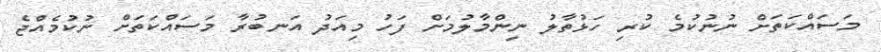
މަސައްކަތަށް ނުނުކުމެ ކުރި ހަޅުތާލު ނިންމާލުމަށް ފަހު މިއަދު އަނބުރާ މަސައްކަތަށް ނުކުމެއްޖެ